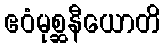
ဧဝံမုစ္ဆနီယောတိ